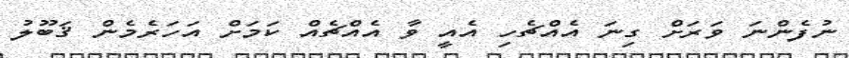
ނުފެންނަ ވަރަށް ގިނަ އެއްޗެހި އެއީ ވާ އެއްޗެއް ކަމަށް އަހަރެމެން ޤަބޫލު